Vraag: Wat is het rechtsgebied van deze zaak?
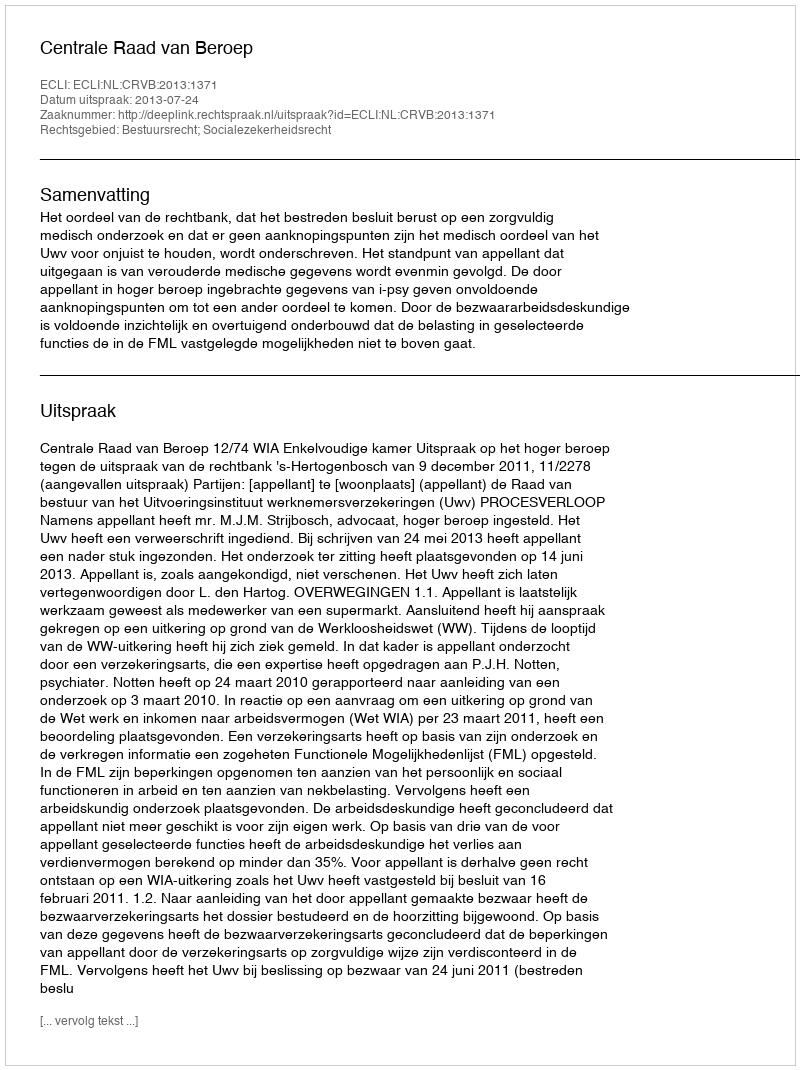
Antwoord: Bestuursrecht; Socialezekerheidsrecht